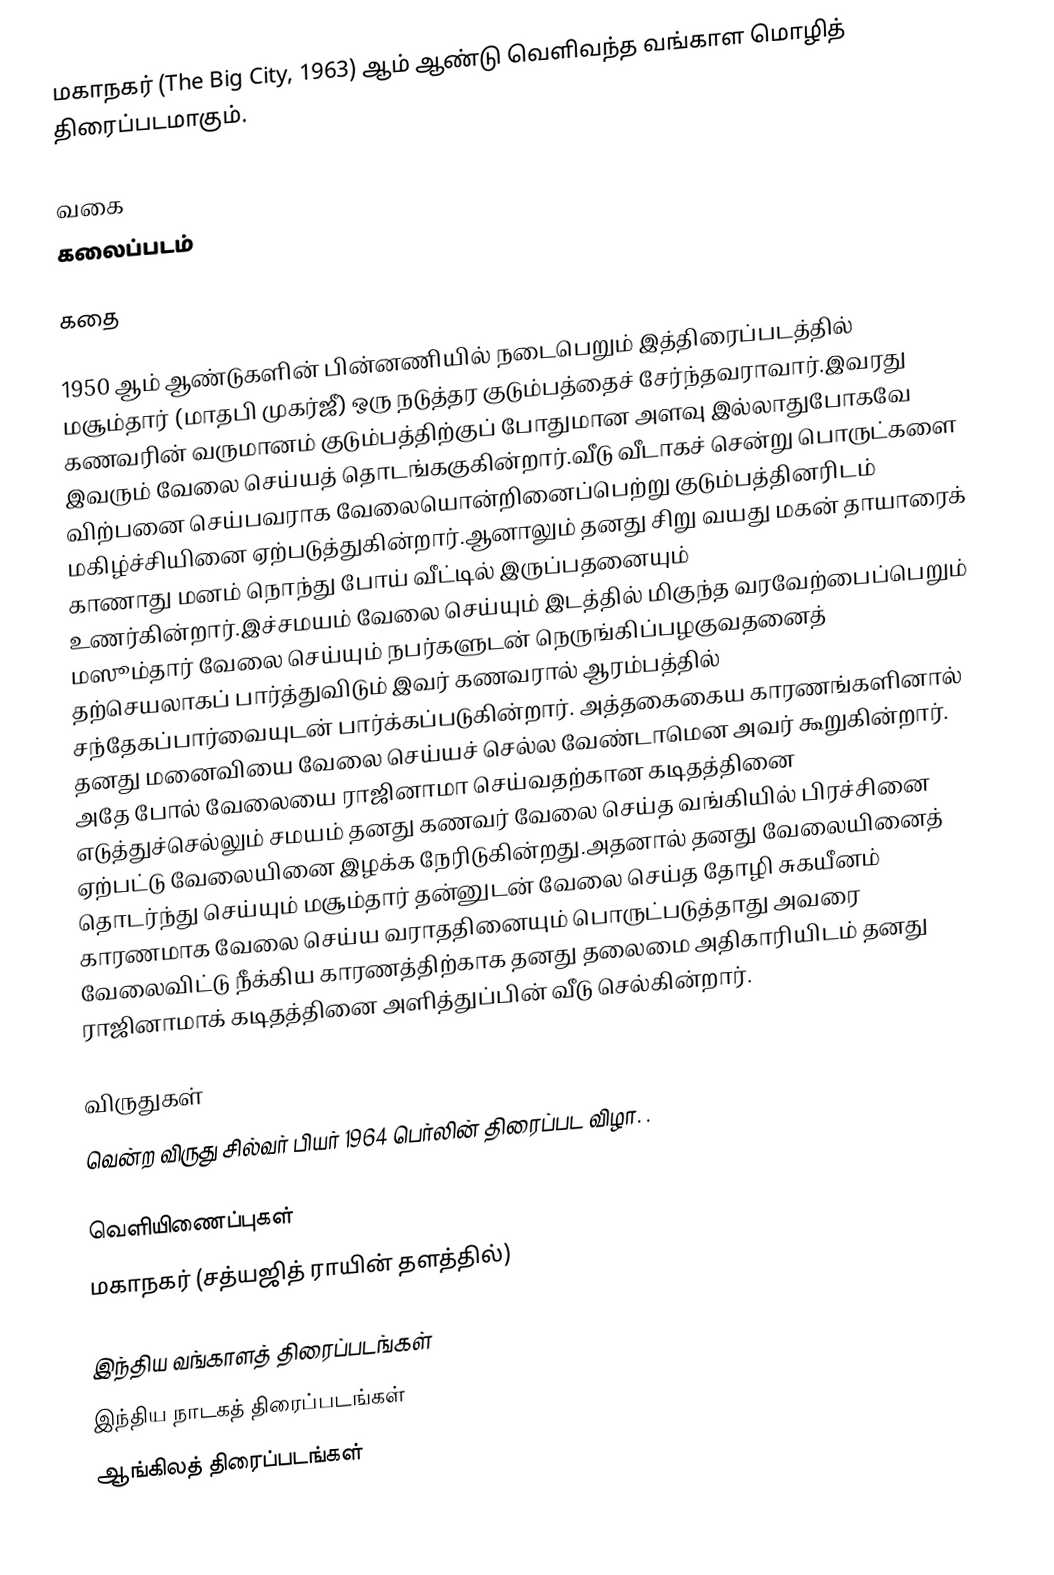
மகாநகர் (The Big City, 1963) ஆம் ஆண்டு வெளிவந்த வங்காள மொழித் திரைப்படமாகும்.

வகை
கலைப்படம்

கதை

1950 ஆம் ஆண்டுகளின் பின்னணியில் நடைபெறும் இத்திரைப்படத்தில் மசூம்தார் (மாதபி முகர்ஜீ) ஒரு நடுத்தர குடும்பத்தைச் சேர்ந்தவராவார்.இவரது கணவரின் வருமானம் குடும்பத்திற்குப் போதுமான அளவு இல்லாதுபோகவே இவரும் வேலை செய்யத் தொடங்ககுகின்றார்.வீடு வீடாகச் சென்று பொருட்களை விற்பனை செய்பவராக வேலையொன்றினைப்பெற்று குடும்பத்தினரிடம் மகிழ்ச்சியினை ஏற்படுத்துகின்றார்.ஆனாலும் தனது சிறு வயது மகன் தாயாரைக் காணாது மனம் நொந்து போய் வீட்டில் இருப்பதனையும் உணர்கின்றார்.இச்சமயம் வேலை செய்யும் இடத்தில் மிகுந்த வரவேற்பைப்பெறும் மஸூம்தார் வேலை செய்யும் நபர்களுடன் நெருங்கிப்பழகுவதனைத் தற்செயலாகப் பார்த்துவிடும் இவர் கணவரால் ஆரம்பத்தில் சந்தேகப்பார்வையுடன் பார்க்கப்படுகின்றார். அத்தகைகைய காரணங்களினால் தனது மனைவியை வேலை செய்யச் செல்ல வேண்டாமென அவர் கூறுகின்றார். அதே போல் வேலையை ராஜினாமா செய்வதற்கான கடிதத்தினை எடுத்துச்செல்லும் சமயம் தனது கணவர் வேலை செய்த வங்கியில் பிரச்சினை ஏற்பட்டு வேலையினை இழக்க நேரிடுகின்றது.அதனால் தனது வேலையினைத் தொடர்ந்து செய்யும் மசூம்தார் தன்னுடன் வேலை செய்த தோழி சுகயீனம் காரணமாக வேலை செய்ய வராததினையும் பொருட்படுத்தாது அவரை வேலைவிட்டு நீக்கிய காரணத்திற்காக தனது தலைமை அதிகாரியிடம் தனது ராஜினாமாக் கடிதத்தினை அளித்துப்பின் வீடு செல்கின்றார்.

விருதுகள்
 வென்ற விருது சில்வர் பியர் 1964 பெர்லின் திரைப்பட விழா. .

வெளியிணைப்புகள்
  மகாநகர் (சத்யஜித் ராயின் தளத்தில்)

இந்திய வங்காளத் திரைப்படங்கள்
இந்திய நாடகத் திரைப்படங்கள்
ஆங்கிலத் திரைப்படங்கள்